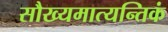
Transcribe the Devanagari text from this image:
सौख्यमात्यन्तिकं